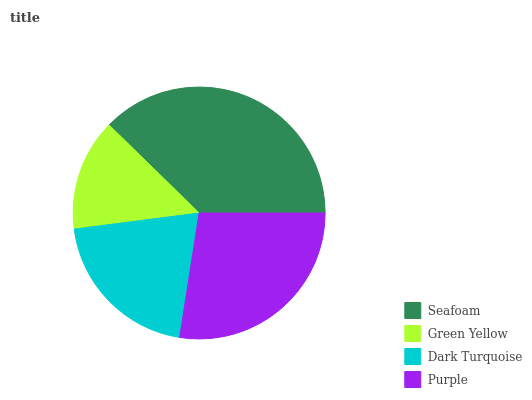
| Seafoam | Green Yellow | Dark Turquoise | Purple |
 | --- | --- | --- | --- |
 | 37.7% | 14.3% | 20.5% | 27.5% |